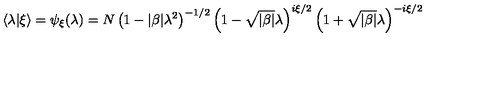
\langle \lambda \vert \xi \rangle = \psi _ { \xi } ( \lambda ) = N \left( 1 - \vert \beta \vert \lambda ^ { 2 } \right) ^ { - 1 / 2 } \left( 1 - \sqrt { \vert \beta \vert } \lambda \right) ^ { i \xi / 2 } \left( 1 + \sqrt { \vert \beta \vert } \lambda \right) ^ { - i \xi / 2 }